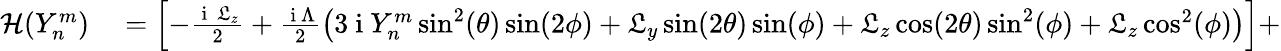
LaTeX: \begin{array}{rl}{\mathcal{H}(Y_{n}^{m})}&{{}=\left[-\frac{\mathrm{~i~}\, \mathfrak{L}_{z}}{2}+\frac{\mathrm{~i~}\Lambda}{2}\left(3\mathrm{~i~}{Y_{n}^{m}}\sin^{2}(\theta)\sin(2\phi)+\mathfrak{L}_{y}\sin(2\theta)\sin(\phi)+\mathfrak{L}_{z}\cos(2\theta)\sin^{2}(\phi)+\mathfrak{L}_{z}\cos^{2}(\phi)\right)\right]+}\end{array}